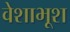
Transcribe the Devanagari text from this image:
वेशाभूश